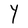
Character: Y